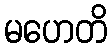
မဟေတိ